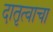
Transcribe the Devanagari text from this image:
दातृत्वाचा